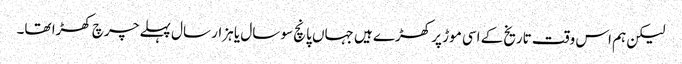
لیکن ہم اس وقت تاریخ کے اسی موڑ پر کھڑے ہیں جہاں پانچ سو سال یا ہزار سال پہلے چرچ کھڑا تھا۔